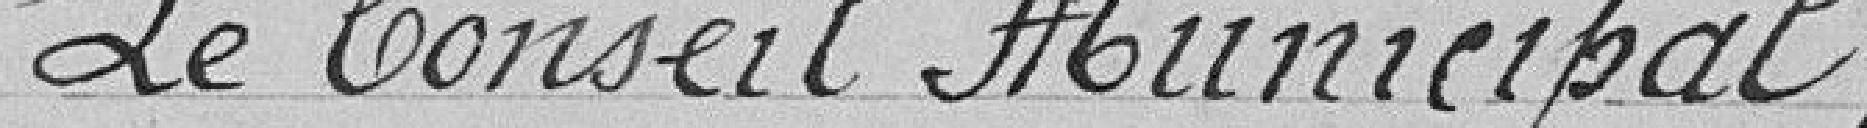
Le conseil municipal,